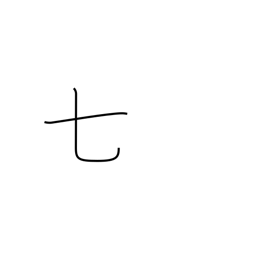
Meaning: seven